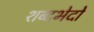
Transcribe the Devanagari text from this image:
शब्दभेदों